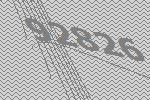
92826